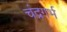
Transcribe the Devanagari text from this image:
चंद्रगर्भ